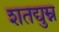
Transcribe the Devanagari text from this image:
शतद्युम्न